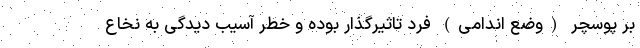
بر پوسچر (وضع اندامی) فرد تاثیرگذار بوده و خطر آسیب دیدگی به نخاع